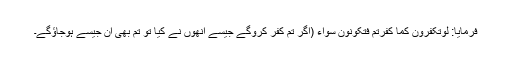
فرمایا: لَوْتَکْفُرُونَ کَما کَفَرْتُمْ فَتَکُوْنُونَ سَوَاءً (اگر تم کفر کروگے جیسے انھوں نے کیا تو تم بھی ان جیسے ہوجاؤگے۔